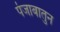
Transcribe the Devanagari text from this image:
पंजाबातुन